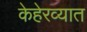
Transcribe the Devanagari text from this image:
केहेरव्यात